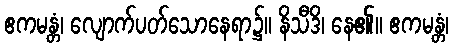
ဧကမန္တံ၊ လျောက်ပတ်သောနေရာ၌။ နိသီဒိ၊ နေ၏။ ဧကမန္တံ၊